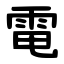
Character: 電